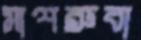
মাশরুবা